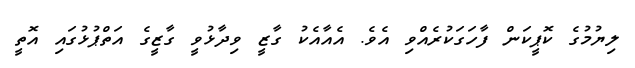
ލިޔުމުގެ ކޮޕީކަން ފާހަގަކުރެއްވި އެވެ. އެއާއެކު ގާޒީ ވިދާޅުވީ ގާޒީގެ އަތްޕުޅުގައި އޮތީ